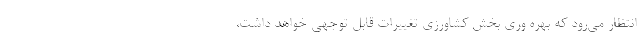
انتظار می‌رود که بهره وری بخش کشاورزی تغییرات قابل توجهی خواهد داشت،